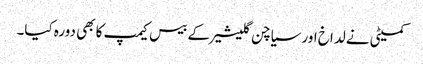
کمیٹی نے لداخ اور سیاچن گلیشیر کے بیس کیمپ کا بھی دورہ کیا۔